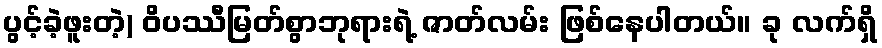
ပွင့်ခဲ့ဖူးတဲ့) ဝိပဿီမြတ်စွာဘုရားရဲ့ ဇာတ်လမ်း ဖြစ်နေပါတယ်။ ခု လက်ရှိ